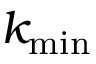
k _ { \mathrm { m i n } }